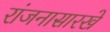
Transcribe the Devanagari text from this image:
रांजनासारखे